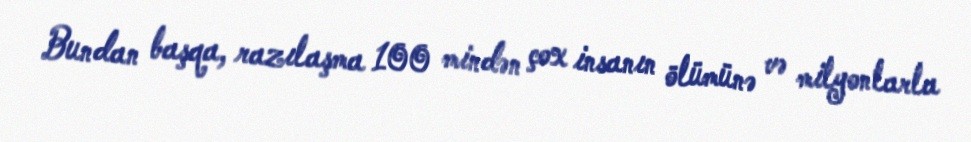
Bundan başqa, razılaşma 100 mindən çox insanın ölümünə və milyonlarla